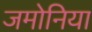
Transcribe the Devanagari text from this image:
जमोनिया